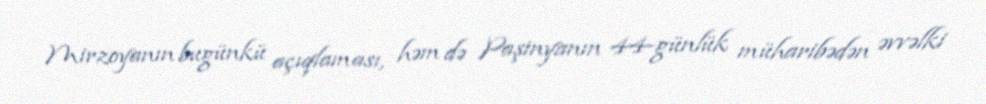
Mirzoyanın bugünkü açıqlaması, həm də Paşinyanın 44-günlük müharibədən əvvəlki